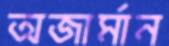
অজার্মান